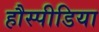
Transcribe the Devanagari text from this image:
हौस्पीडिया